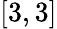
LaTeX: [3,3]